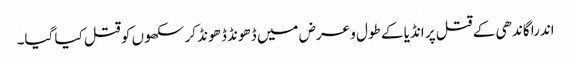
اندرا گاندھی کے قتل پر انڈیا کے طول و عرض میں ڈھونڈ ڈھونڈ کر سکھوں کو قتل کیا گیا۔